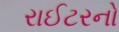
રાઈટરનો